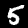
Label: 5